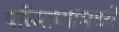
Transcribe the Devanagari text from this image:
परिमाणांमध्ये